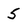
Character: 5